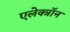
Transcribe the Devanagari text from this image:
एलेक्त्रॉन